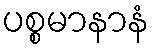
ပစ္စမာနာနံ